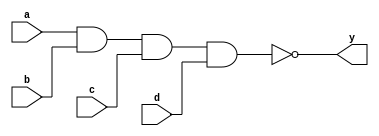
`timescale 1ns / 1ps
//////////////////////////////////////////////////////////////////////////////////
// Company: 
// Engineer: 
// 
// Design Name: 
// Module Name: nand3
// Project Name: 
// Target Devices: 
// Tool Versions: 
// Description: 
// 
// Dependencies: 
// 
// Revision:
// Revision 0.01 - File Created
// Additional Comments:
// 
//////////////////////////////////////////////////////////////////////////////////


module nand4(
    input a,
    input b,
    input c,
    input d,
    output y
    );
    nand (y,a,b,c,d);
endmodule